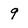
Character: 9